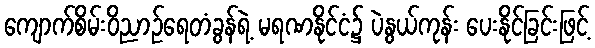
ကျောက်စိမ်းဝိညာဉ်ရေတံခွန်ရဲ့ မရဏနိုင်ငံ၌ ပဲနွယ်ကုန်း ပေးနိုင်ခြင်းဖြင့်